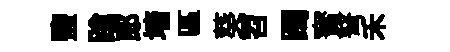
鹽蹌郎墻區葵苕躅寳弩禾